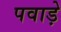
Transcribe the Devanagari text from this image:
पवाड़े